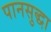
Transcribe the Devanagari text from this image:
पानसुद्धा